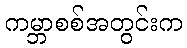
ကမ္ဘာစစ်အတွင်းက